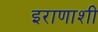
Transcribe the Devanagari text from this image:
इराणाशी